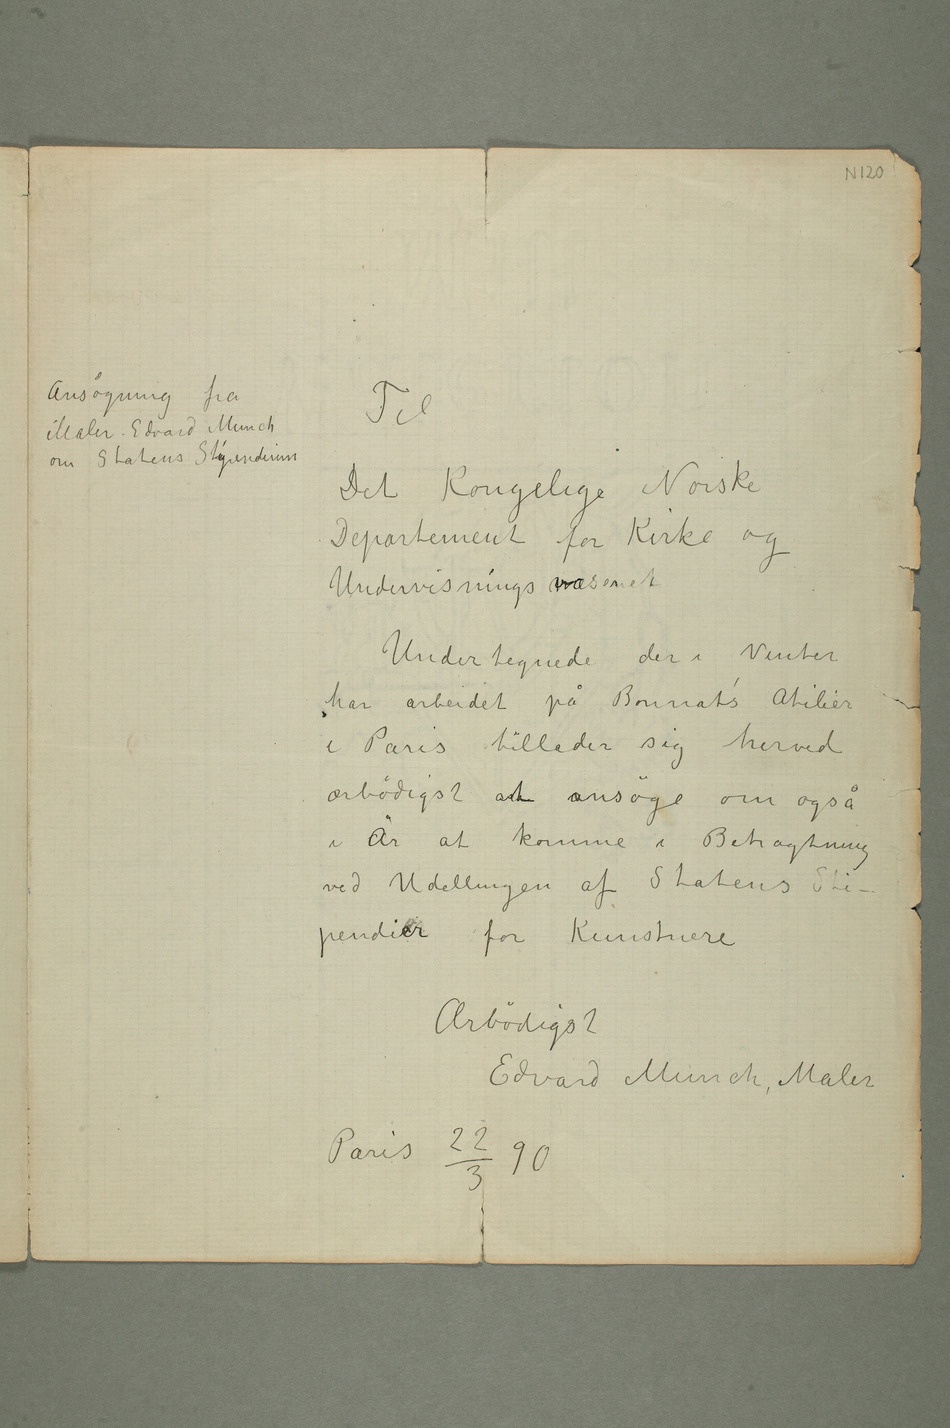
Ansøgning
Maler
Edvard
Statens
Det Kongelige Norske
Departement for Kirke og
Undervisnings wvæsenet
Undertegnede der i Vinter
har arbeidet på Bonnat’s Atilier
i Paris tillader sig herved
ærbødigst ant ansøge om også
i År at komme i Betragtning
pendier for Kunstnere
Ærbødigst
Edvard Munch, Maler